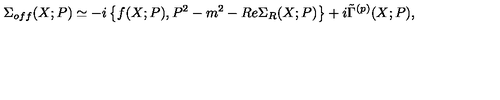
\Sigma _ { o f f } ( X ; P ) \simeq - i \left\{ f ( X ; P ) , P ^ { 2 } - m ^ { 2 } - R e \Sigma _ { R } ( X ; P ) \right\} + i \tilde { \Gamma } ^ { ( p ) } ( X ; P ) ,